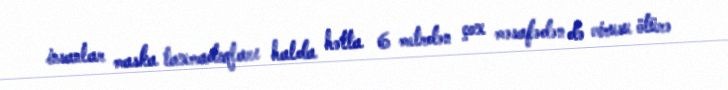
insanlar maska taxmadıqları halda hətta 6 metrdən çox məsafədən də virusu ötürə